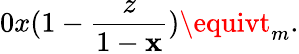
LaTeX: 0\let\le\mathbf{x}(1-\frac{{z}}{{1-\mathbf{x}}})\equivt_{m}.